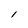
Character: 1